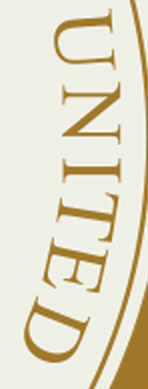
UNITED